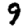
Digit: 9